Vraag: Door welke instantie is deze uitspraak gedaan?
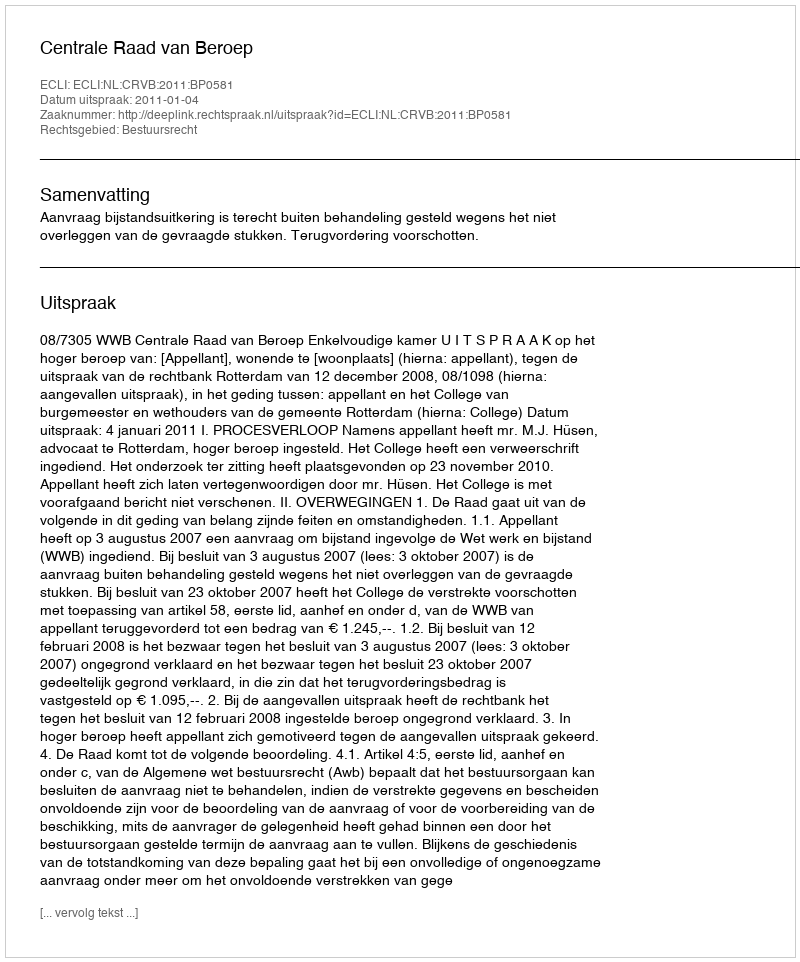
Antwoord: Centrale Raad van Beroep